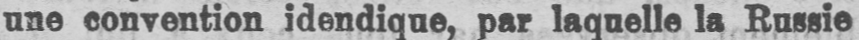
une convention idendique, par laquelle la Russie